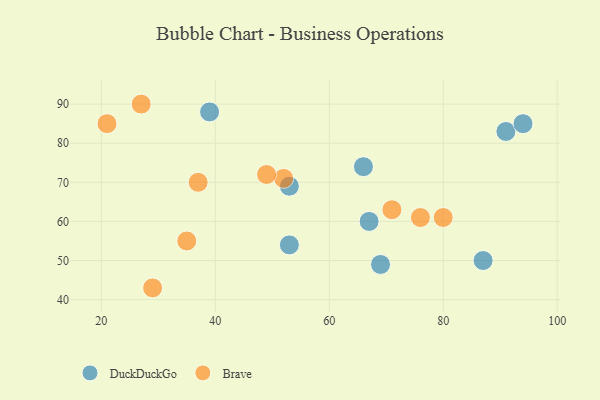
{"axis": {"x": "GDP", "y": "Life Expectancy"}, "legend": ["Brave", "DuckDuckGo"], "data": [{"x": "87", "y": 50, "type": "DuckDuckGo"}, {"x": "39", "y": 88, "type": "DuckDuckGo"}, {"x": "53", "y": 69, "type": "DuckDuckGo"}, {"x": "67", "y": 60, "type": "DuckDuckGo"}, {"x": "53", "y": 54, "type": "DuckDuckGo"}, {"x": "69", "y": 49, "type": "DuckDuckGo"}, {"x": "66", "y": 74, "type": "DuckDuckGo"}, {"x": "91", "y": 83, "type": "DuckDuckGo"}, {"x": "94", "y": 85, "type": "DuckDuckGo"}, {"x": "76", "y": 61, "type": "Brave"}, {"x": "35", "y": 55, "type": "Brave"}, {"x": "37", "y": 70, "type": "Brave"}, {"x": "71", "y": 63, "type": "Brave"}, {"x": "29", "y": 43, "type": "Brave"}, {"x": "52", "y": 71, "type": "Brave"}, {"x": "80", "y": 61, "type": "Brave"}, {"x": "27", "y": 90, "type": "Brave"}, {"x": "49", "y": 72, "type": "Brave"}, {"x": "21", "y": 85, "type": "Brave"}]}